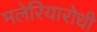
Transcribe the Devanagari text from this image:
मलेरियारोधी